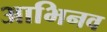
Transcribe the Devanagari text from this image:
आभिनव